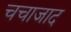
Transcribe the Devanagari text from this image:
चचाजाद